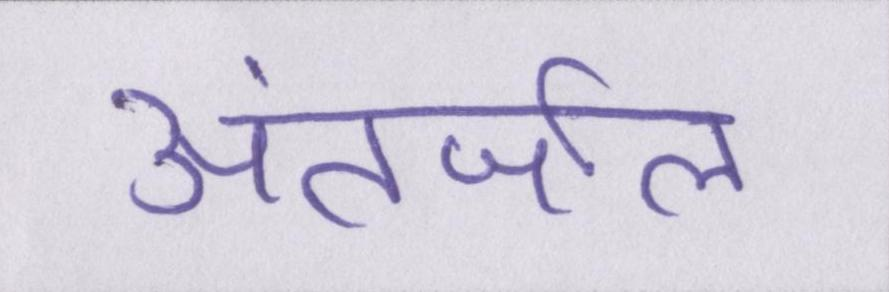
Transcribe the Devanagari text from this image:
अंतर्जाल